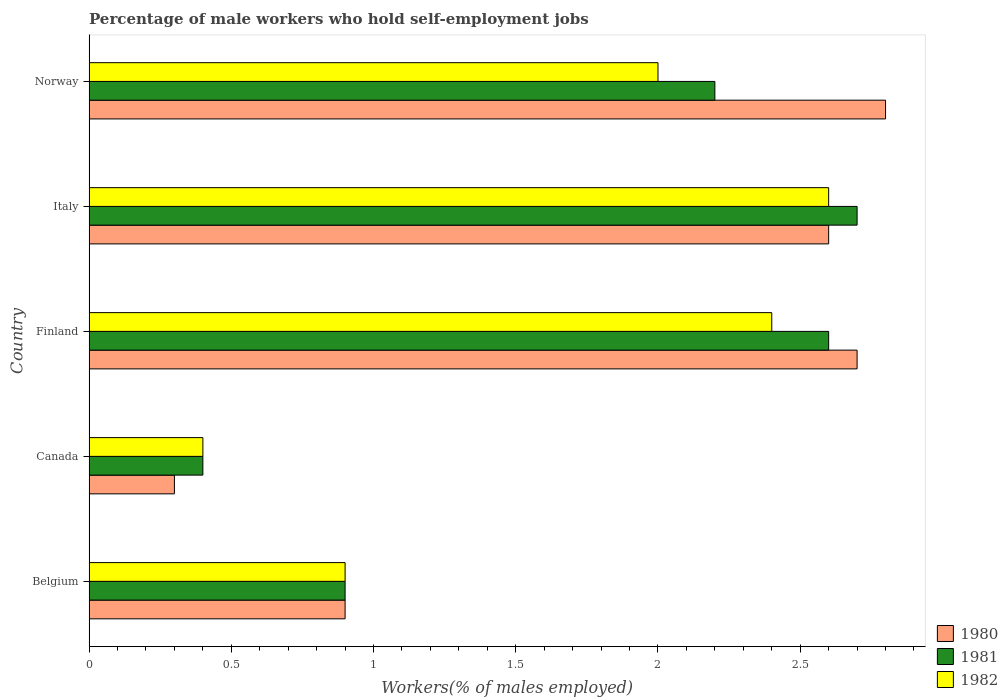
| Country | 1980 | 1981 | 1982 |
 | --- | --- | --- | --- |
 | Belgium | 0.9 | 0.9 | 0.9 |
 | Canada | 0.3 | 0.4 | 0.4 |
 | Finland | 2.7 | 2.6 | 2.4 |
 | Italy | 2.6 | 2.7 | 2.6 |
 | Norway | 2.8 | 2.2 | 2 |